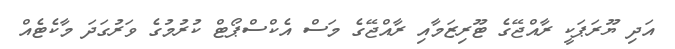
އަދި ޔޫރަޕަކީ ރާއްޖޭގެ ޓޫރިޒަމާއި ރާއްޖޭގެ މަސް އެކްސްޕޯޓް ކުރުމުގެ ވަރުގަދަ މާކެޓެއް